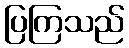
ပြကြသည်